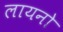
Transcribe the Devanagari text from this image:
लायनो